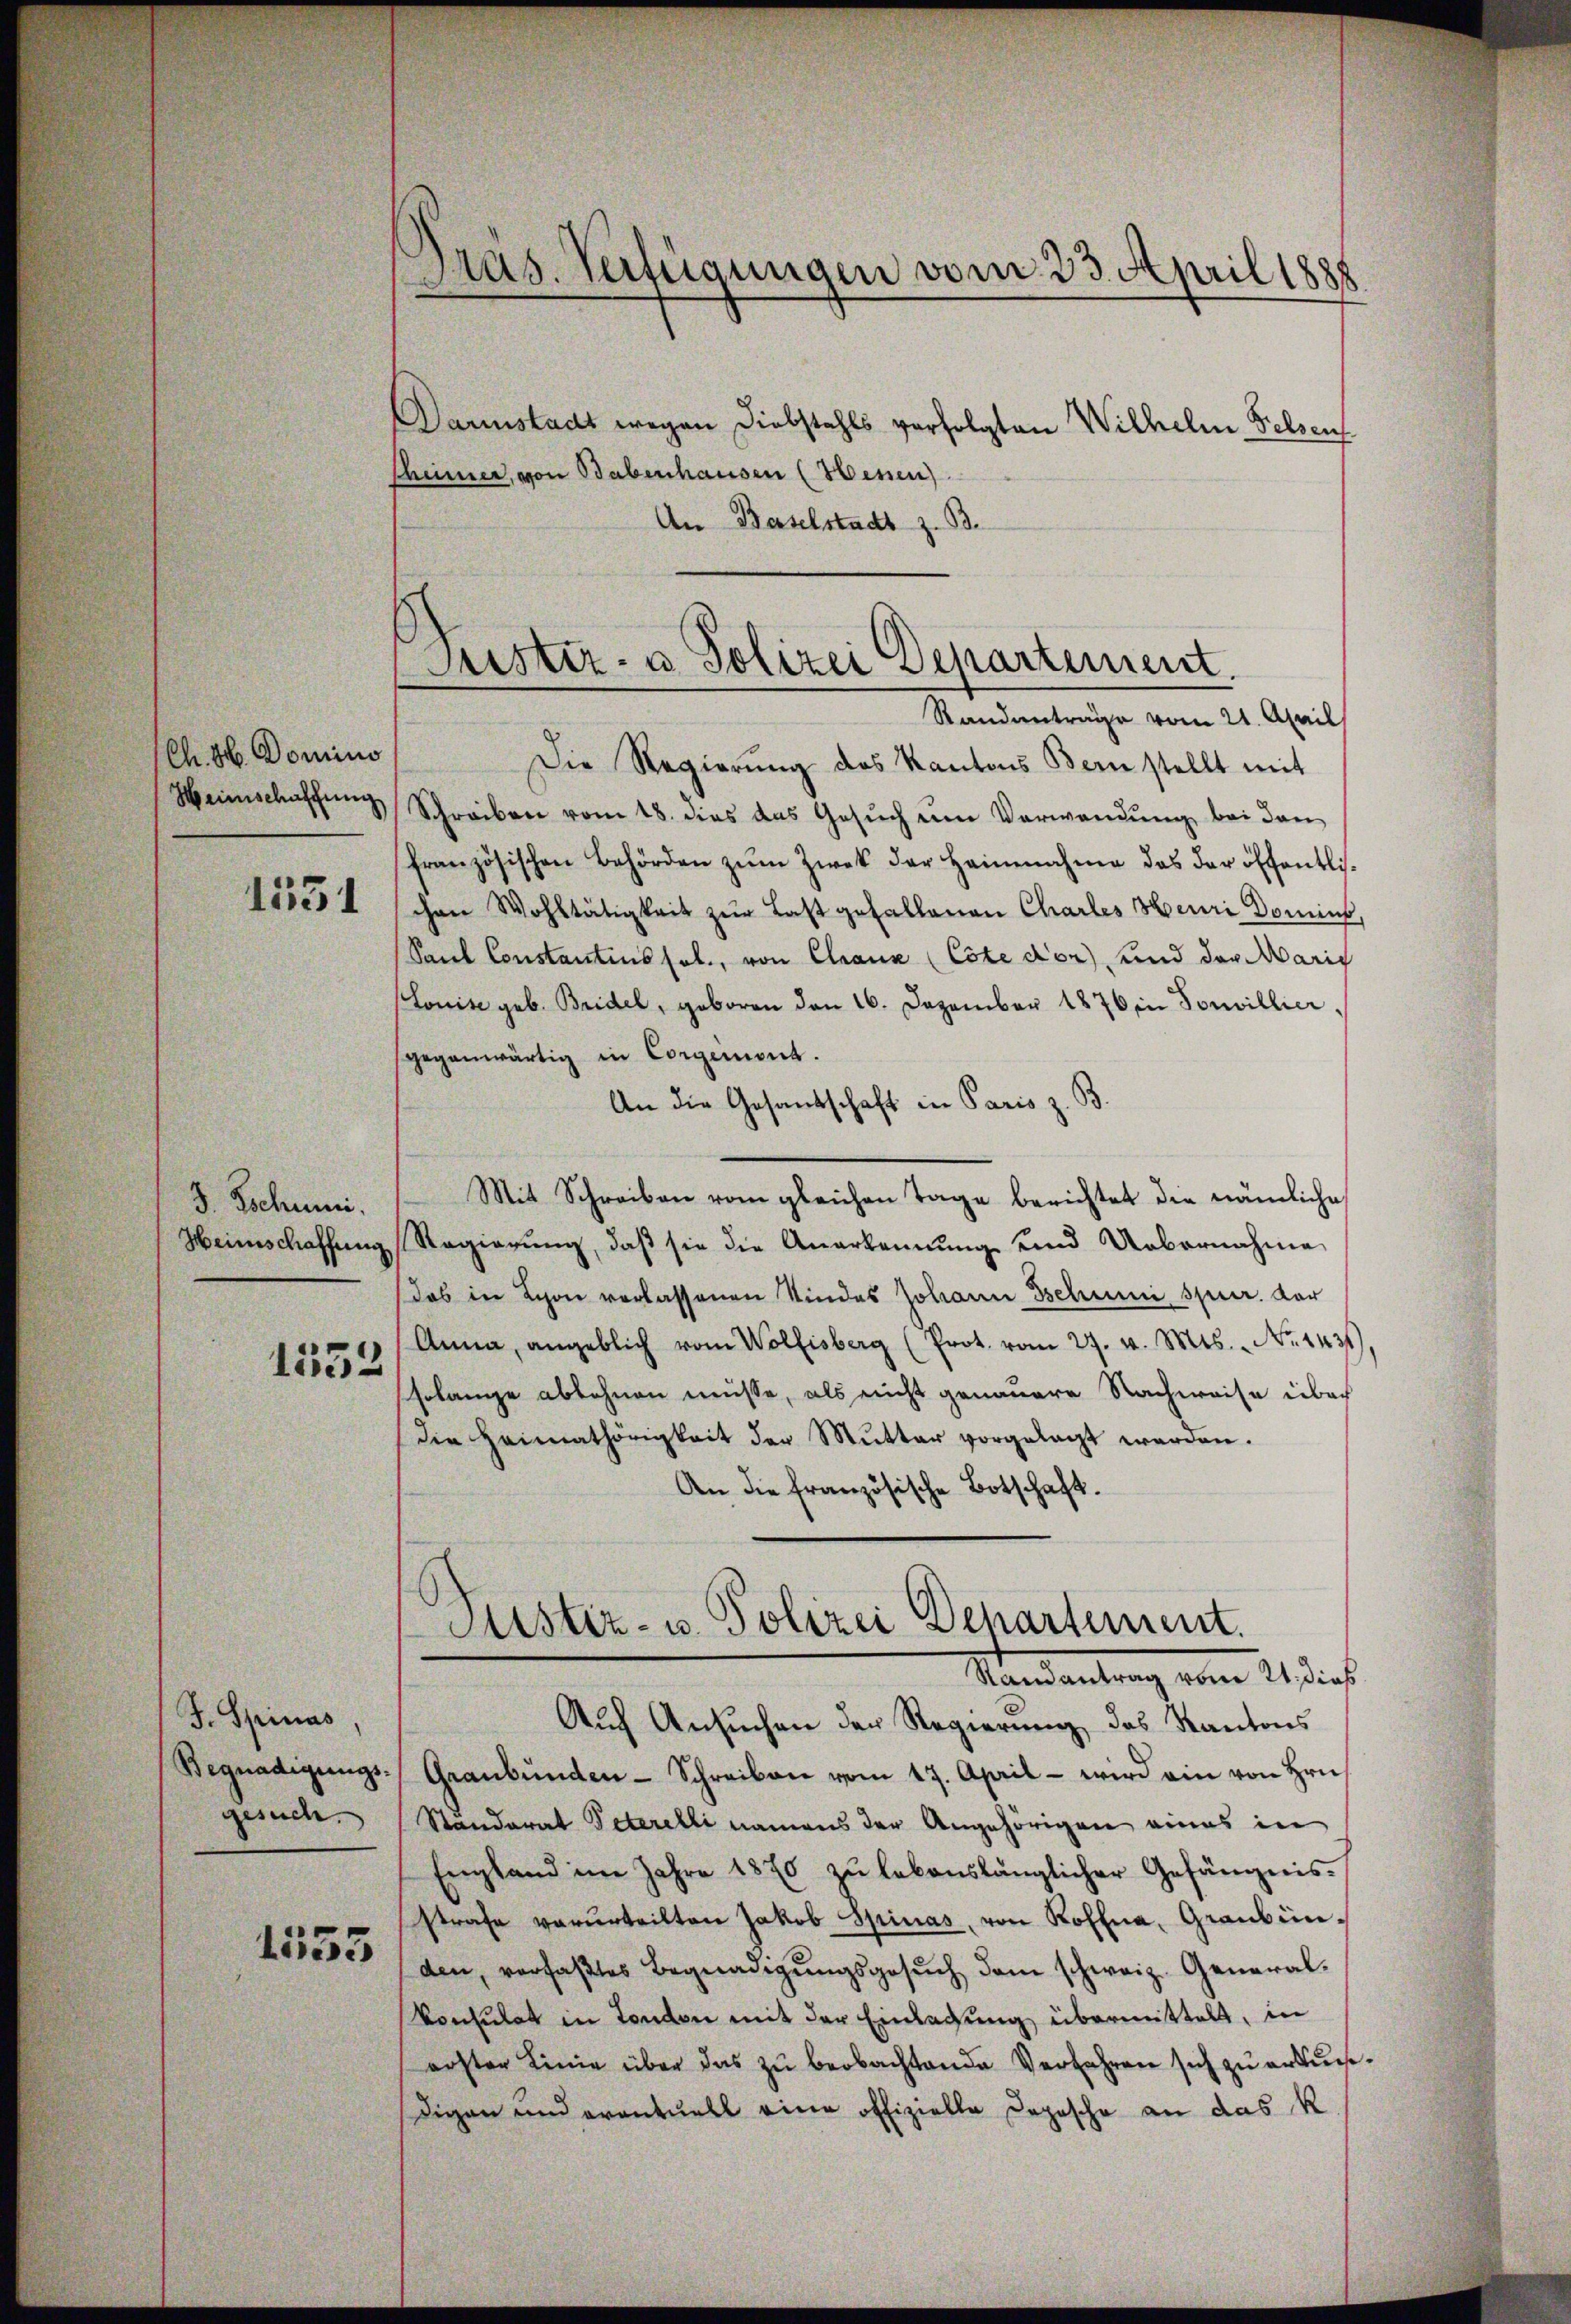
Ch. H. Domino
Heimschaffung

1551

3. Tschunni.
Heimschaffeen

1532

J. Spinas
Begnadigungs-
gesuch.

1535

Pras. Verfügungen vom 23. April 1888

Justiz- u Polizei Departement.

Darinstadt wegen Diebstahls verfolgten Wilhelm Felsen
Chümer, von Babenhausen (Henen
An Baselstadt z. B.
Randanträge vom 21. April
Die Regierŭng des Kantons Bern stellt mit
Schreiben vom 18. dies das Gesŭch um Verwendŭng bei dan
französischen Behörden zŭm Zwek der Heinnahme das der öffentlischen Wohltätigkeit zur Last gefallenen Chartes Heuri Domins
Saul Constantens sol., von Chaux (Cote don) und das Marig
(Louise geb. Bridel, geboren den 16. Dezember 1876 in Souvillier,
gegenwärtig in Corgerint.
An die Gesandschaft in Paris z. B.
Mit Schreiben vom gleichen Tage berichtet die nämliche
Regierung, daß sie die Anerkennung und Uebernahme
das in Schon verlassenen Kindes Johann schnen, sper. Dar
Anna, angeblich vom Wolfisberg (Prot. vom 27. v. Mts. No. 1431
Erlange ablehnen müsse, als nicht genauere Nachweise über
die Heimathörigkeit der Mŭtter vorgelegt werden.
An die französische Botschaft.
Justiz- u. Polizei Departement.
Randantrag vom 21. dies
Auch Ansuchen der Regierung des Kantons
Graubünden-Schreiben vom 17. April - wird ein von Hrn.
Standerat Peterelli namens der Angehörigen eines in
England im Jahre 1870 zŭ lebenslänglicher Gefängnis.
strafe verurteilten Jakob Spinas, von Koflna, Graubünden, verfaβtes Begnadigŭngsgesŭch dem schweiz. General-
konsulat in London mit der Einlassung übermittelt, in
erster Linie über das zŭ beobachtende Verfahren sich zu erkuns
Digen und eventuell eine offizielle Depesche an das k